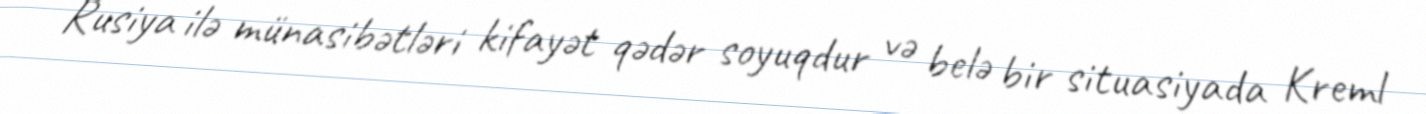
Rusiya ilə münasibətləri kifayət qədər soyuqdur və belə bir situasiyada Kreml